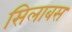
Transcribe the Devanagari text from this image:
सिलाबस